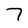
Character: 7